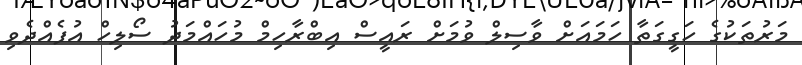
މަރުތަކުގެ ހަގީގަތާ ހަމައަށް ވާސިލް ވުމަށް ރައީސް އިބްރާހިމް މުހައްމަދު ސޯލިހް އުފެއްދެވި